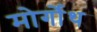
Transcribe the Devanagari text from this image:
मोर्गोथ